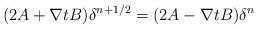
LaTeX: \begin{align*}(2A+ \nabla t B)\delta^{n+1/2}= (2A - \nabla t B)\delta^{n}\end{align*}